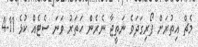
މެޗް އިތުރަށް ފޯރިގަދަވެ ނަތީޖާ ނެރެން ހަތަރު ވަނަ ސެޓެެއް ކުޅެ 11-4